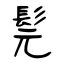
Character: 髨